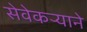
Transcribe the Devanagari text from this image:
सेवेकऱ्याने